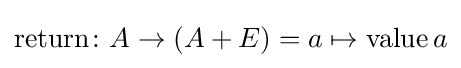
{\text{return}}\colon A\to \left(A+E\right)=a\mapsto {\text{value}}\,a